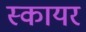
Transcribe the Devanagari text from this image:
स्कायर